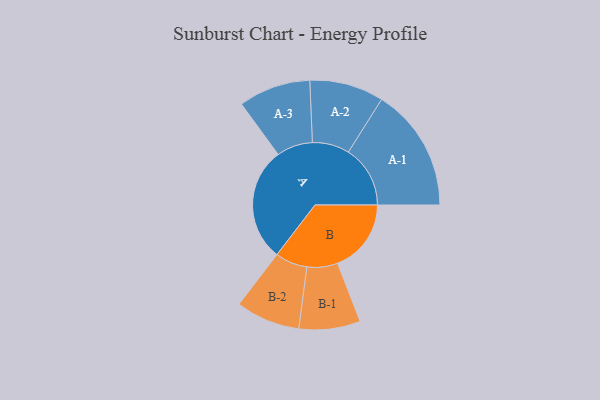
{"axis": {"x": "Segment", "y": "Value"}, "legend": ["", "A", "B"], "data": [{"x": "A", "y": 464, "type": ""}, {"x": "B", "y": 300, "type": ""}, {"x": "A-1", "y": 252, "type": "A"}, {"x": "A-2", "y": 151, "type": "A"}, {"x": "A-3", "y": 147, "type": "A"}, {"x": "B-1", "y": 125, "type": "B"}, {"x": "B-2", "y": 131, "type": "B"}]}